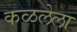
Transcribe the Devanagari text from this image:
कळलेला